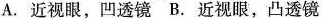
A. 近视眼，凹透镜 B. 近视眼，凸透镜